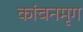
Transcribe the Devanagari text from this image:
कांचनमृग